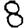
Digit: 8